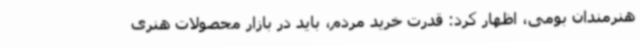
هنرمندان بومی، اظهار کرد: قدرت خرید مردم، باید در بازار محصولات هنری